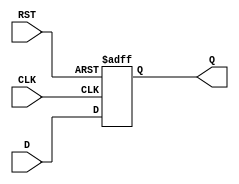
module d_flip_flop (
    input D,  // Data input
    input CLK,  // Clock input
    input RST,  // Asynchronous reset input
    output reg Q  // Output
);

// Positive edge-triggered flip-flop logic
always @(posedge CLK or posedge RST)
begin
    if (RST)  // Asynchronous reset
        Q <= 1'b0;
    else
        Q <= D;  // Transfer D input to Q output on rising edge of CLK
end

endmodule